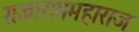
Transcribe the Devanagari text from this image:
राजाराममहाराज